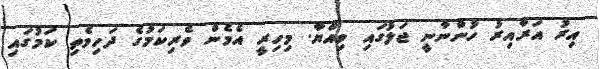
އިރު އަރާއިރު ހުންނާނީ ޖަލުގައި ވިއްޔާ. މިހިރީ އެމެން ވެރިކަމުގެ ދަހިވެތި ކަމުގައި